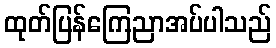
ထုတ်ပြန်ကြေညာအပ်ပါသည်